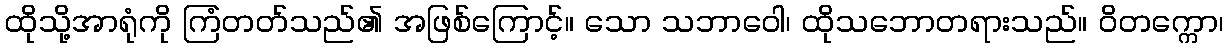
ထိုသို့အာရုံကို ကြံတတ်သည်၏ အဖြစ်ကြောင့်။ သော သဘာဝေါ၊ ထိုသဘောတရားသည်။ ဝိတက္ကော၊